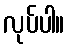
လုပ်ပါ။